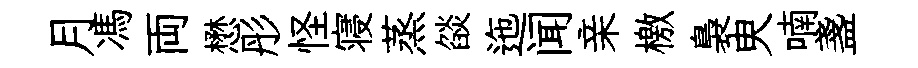
月馮両懋彤怪寝蒸燄迤闻亲檄裊㬰喃盞